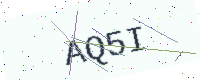
Text: AQ5I